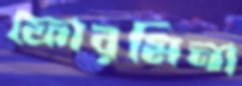
ফোরমিনা